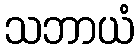
သဘာယံ